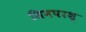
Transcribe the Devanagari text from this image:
जिनपरश्